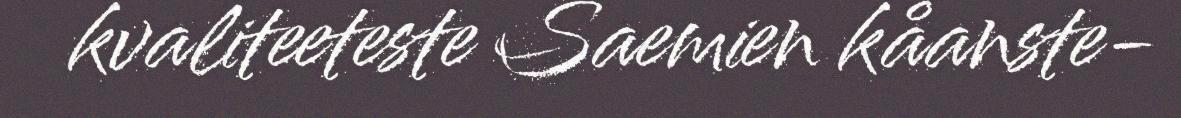
kvaliteeteste Saemien kåanste-